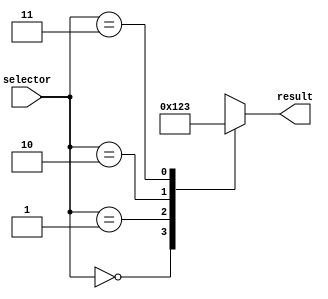
module behavioral_modeling(
    input wire [1:0] selector,
    output reg [3:0] result
);

always @(*)
begin
    case(selector)
        2'b00: result = 4'b0000; // Behavior for case 00
        2'b01: result = 4'b0001; // Behavior for case 01
        2'b10: result = 4'b0010; // Behavior for case 10
        2'b11: result = 4'b0011; // Behavior for case 11
        default: result = 4'bXXXX; // Default behavior
    endcase
end

endmodule